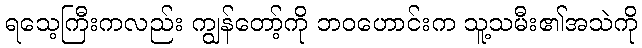
ရသေ့ကြီးကလည်း ကျွန်တော့်ကို ဘဝဟောင်းက သူ့သမီး၏အသဲကို